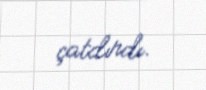
çatdırdı.